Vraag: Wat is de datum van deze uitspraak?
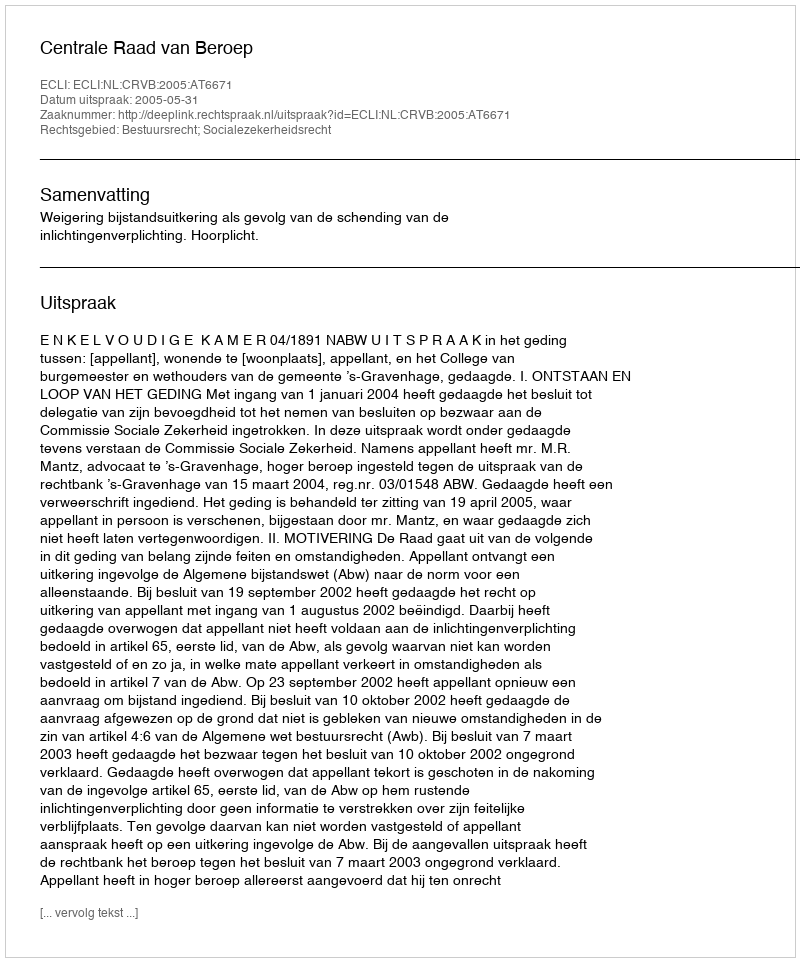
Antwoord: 2005-05-31